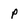
Character: P